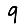
Digit: 9